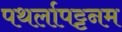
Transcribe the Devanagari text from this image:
पथर्लापट्टनम